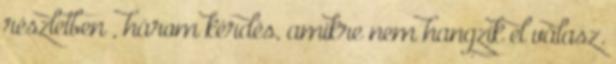
részletben , három kérdés, amikre nem hangzik el válasz.